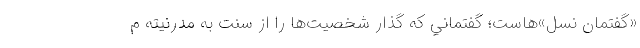
«گفتمان نسل»هاست؛ گفتماني كه گذار شخصيت‌ها را از سنت به مدرنيته م